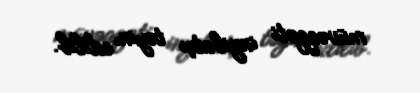
müvəqqəti inzibatçı təyin edilib.